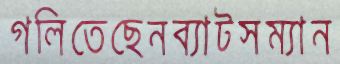
গলিতেছেনব্যাটসম্যান